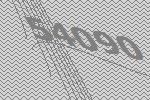
54090